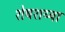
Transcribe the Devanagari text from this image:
शेषशय्या